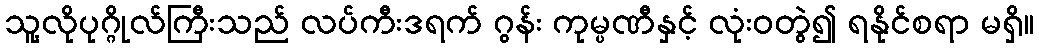
သူ့လိုပုဂ္ဂိုလ်ကြီးသည် လပ်ကီးဒရက် ဂွန်း ကုမ္ပဏီနှင့် လုံးဝတွဲ၍ ရနိုင်စရာ မရှိ။